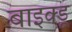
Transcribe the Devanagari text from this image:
बाइक्डू